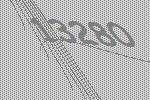
13280